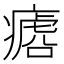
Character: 𱱡